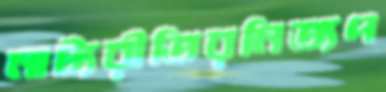
নাট্যরীতিরনিত্যপ